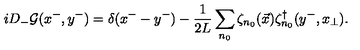
i D _ { - } { \cal G } ( x ^ { - } , y ^ { - } ) = \delta ( x ^ { - } - y ^ { - } ) - \frac { 1 } { 2 L } \sum _ { n _ { 0 } } \zeta _ { n _ { 0 } } ( \vec { x } ) \zeta _ { n _ { 0 } } ^ { \dagger } ( y ^ { - } , x _ { \perp } ) .